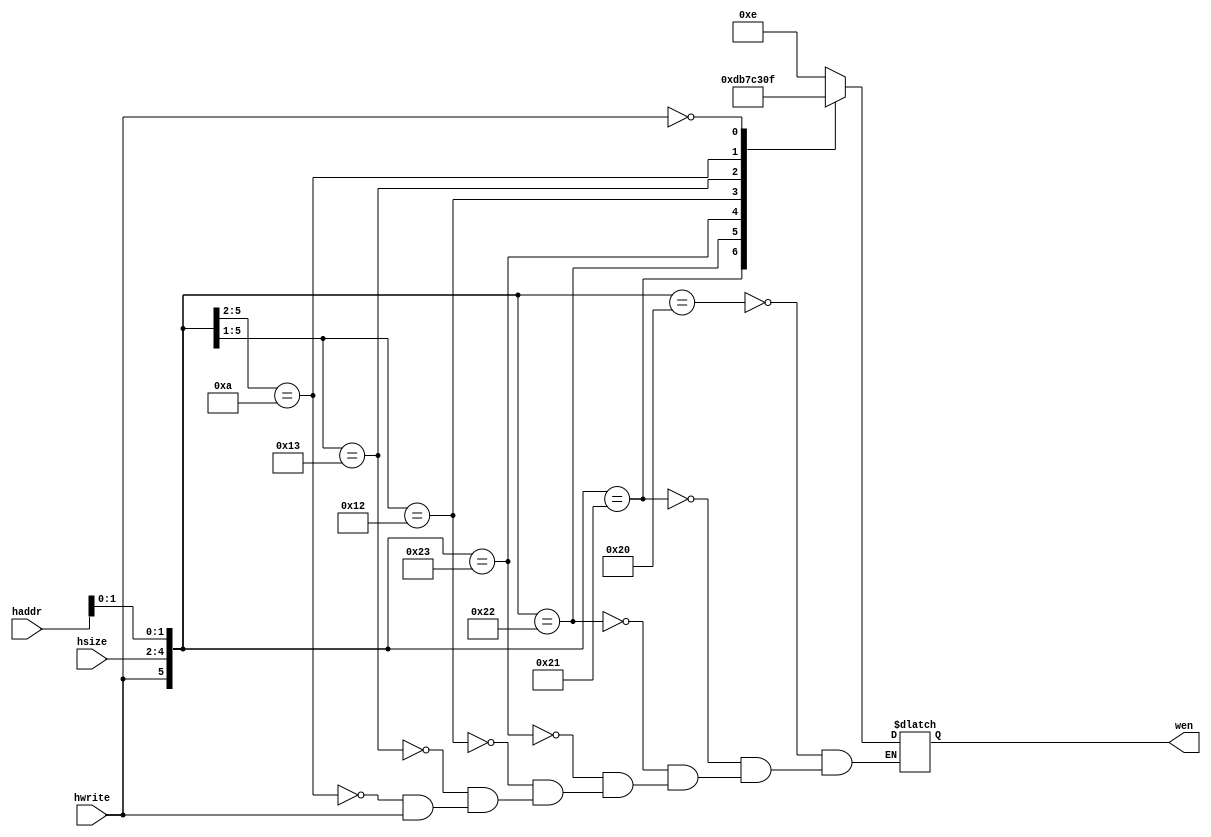
//Title       : 
//Description : Generates Wen for SRAM core.
//Notes       : 
//----------------------------------------------------------------------
//   Copyright 1999-2010 Cadence Design Systems, Inc.
//   All Rights Reserved Worldwide
//
//   Licensed under the Apache License, Version 2.0 (the
//   "License"); you may not use this file except in
//   compliance with the License.  You may obtain a copy of
//   the License at
//
//       http://www.apache.org/licenses/LICENSE-2.0
//
//   Unless required by applicable law or agreed to in
//   writing, software distributed under the License is
//   distributed on an "AS IS" BASIS, WITHOUT WARRANTIES OR
//   CONDITIONS OF ANY KIND, either express or implied.  See
//   the License for the specific language governing
//   permissions and limitations under the License.
//----------------------------------------------------------------------

//Write enable generator
module wen_gen(
      // inputs
         hsize,  // AHB Access type - byte, half-word, word
         haddr,  // Address bus
         hwrite, // Write signal
         wen     // Write enable 
   );

input  [2:0] hsize;  // AHB Access type - byte, half-word, word
input  [31:0]haddr;  // Address bus
input        hwrite; // Write signal
output [3:0] wen;    // Write enable 
reg    [3:0] wen;

always @(hsize or haddr or hwrite)
begin
casex ({hwrite,hsize,haddr[1:0]})
	6'b100000 : wen = 4'b1110;
	6'b100001 : wen = 4'b1101;
	6'b100010 : wen = 4'b1011;
	6'b100011 : wen = 4'b0111;
	6'b10010x : wen = 4'b1100;
	6'b10011x : wen = 4'b0011;
	6'b1010xx : wen = 4'b0000;
	6'b0xxxxx : wen = 4'b1111;
endcase
end

endmodule //module wen_gen